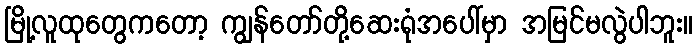
မြို့လူထုတွေကတော့ ကျွန်တော်တို့ဆေးရုံအပေါ်မှာ အမြင်မလွဲပါဘူး။